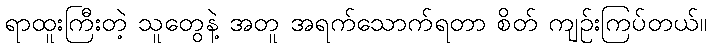
ရာထူးကြီးတဲ့ သူတွေနဲ့ အတူ အရက်သောက်ရတာ စိတ် ကျဉ်းကြပ်တယ်။